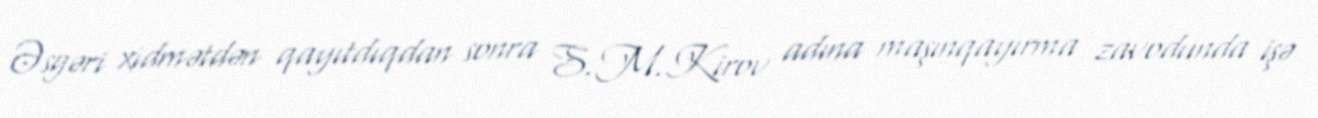
Əsgəri xidmətdən qayıtdıqdan sonra S.M.Kirov adına maşınqayırma zavodunda işə